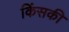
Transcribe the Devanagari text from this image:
किंसकी